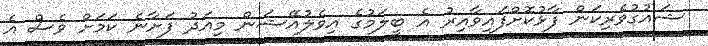
ޝައުގުވެރިކަން ފާޅުކޮށްފައިވާއިރު އެ ބީލަމުގެ އިވެލުއޭޝަން މިއަދު ފަށާނެ ކަމަށް ވެސް އެ